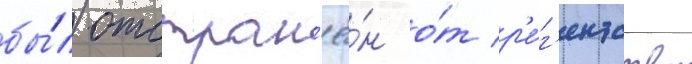
бы́л отстран'ё́н о́т р'е́г'ентства